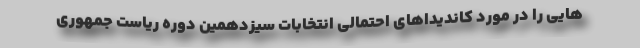
هایی را در مورد کاندیداهای احتمالی انتخابات سیزدهمین دوره ریاست جمهوری